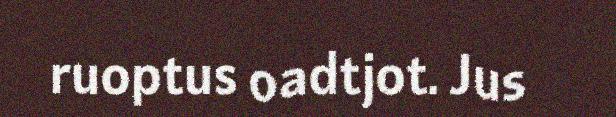
ruoptus oadtjot. Jus